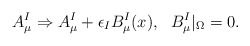
\begin{align*}A_\mu^I\Rightarrow A_\mu^I+\epsilon_I B_\mu^I(x),~~ B_\mu^I|_\Omega =0.\end{align*}